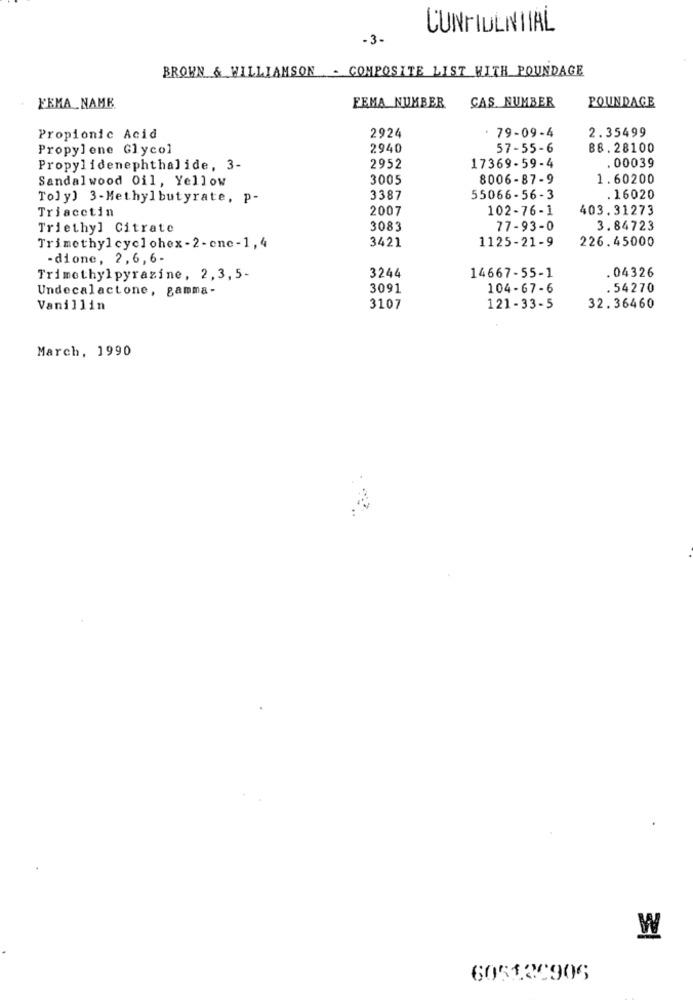
CONFIDENTIAL
-3.
BROWN & WILLIAMSON - COMPOSITE LIST WITH POUNDAGE
FEMA NUMBER
CAS NUMBER
POUNDAGE
FEMA_ NAME
2924
. 79-09-4
2.35499
Propionic Acid
Propylene Glycol
2940
57-55-6
88.28100
. 00039
Propylidenephthalide, 3-
2952
17369-59-4
Sandalwood Oil, Yellow
3005
8006-87-9
1.60200
Toly) 3-Methylbutyrate, p-
3387
55066-56-3
. 16020
Triacctin
2007
102-76-1
403.31273
Triethyl Citrate
3083
77-93-0
3.84723
3421
226.45000
Trimethyl cyclohex - 2- cnc-1, 4
1125-21-9
-dione, 2,6,6-
3244
. 04326
Trimethylpyrazine, 2,3,5-
14667-55-1
Undecalactone, gamma-
3091
104-67-6
.54270
Vanillin
3107
121-33-5
32.36460
March, 1990
W
605120906